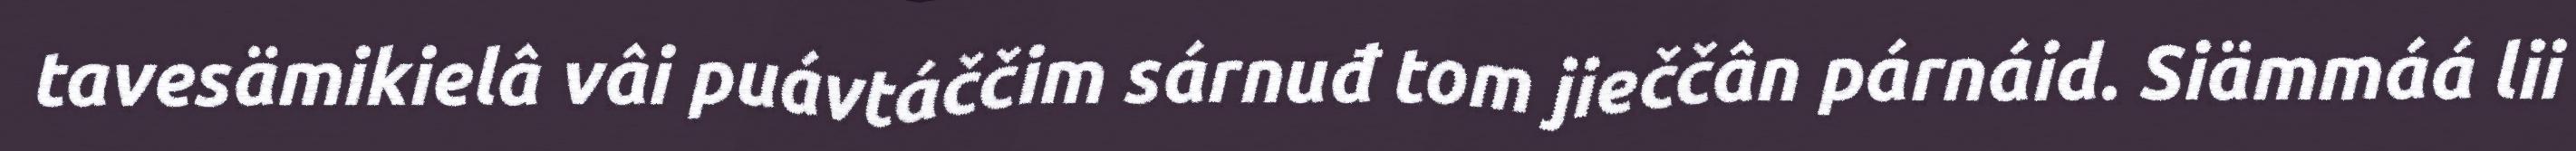
tavesämikielâ vâi puávtáččim sárnuđ tom jieččân párnáid. Siämmáá lii